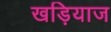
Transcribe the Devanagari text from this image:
खड़ियाज